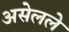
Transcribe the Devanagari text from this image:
असेलले